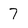
Character: 7